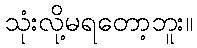
သုံးလို့မရတော့ဘူး။